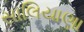
સાલિયાણા